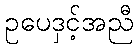
ဥပေဒှင့်အညီ